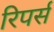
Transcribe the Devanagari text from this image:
रिपर्स